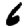
Digit: 6